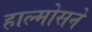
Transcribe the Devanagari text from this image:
हाल्मोसने